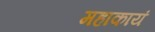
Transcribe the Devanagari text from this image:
महाकायं